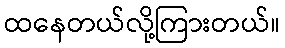
ထနေတယ်လို့ကြားတယ်။